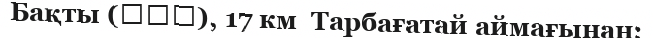
Бақты (巴克图), 17 км  Тарбағатай аймағынан;